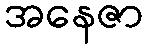
အနေဇာ